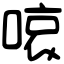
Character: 㗒